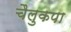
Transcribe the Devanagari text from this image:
चैलुकपा